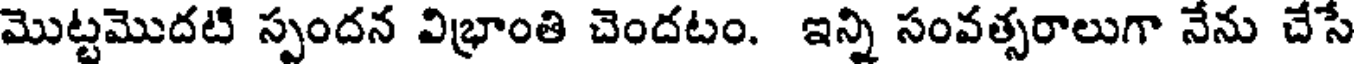
మొట్టమొదటి స్పందన విభ్రాంతి చెందటం. ఇన్ని సంవత్సరాలుగా నేను చేసే